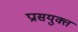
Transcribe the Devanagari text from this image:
प्रासयुक्त